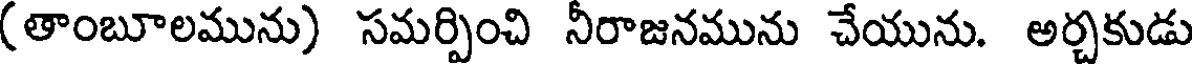
(తాంబూలమును) సమర్పించి నీరాజనమును చేయును. అర్చకుడు